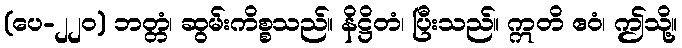
(ပေ-၂၂၀) ဘတ္တံ၊ ဆွမ်းကိစ္စသည်။ နိဋ္ဌိတံ၊ ပြီးသည်။ ဣတိ ဧဝံ၊ ဤသို့။